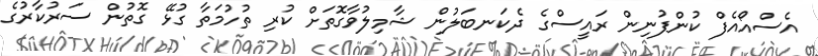
އެސްއޯއެފް ކުންފުނިން ރައީސްގެ ދެކަނބަލުން ޝާމިލުވާގޮތަށް ކުރި ތުހުމަތާ ގުޅޭ ގޮތުން ސަރުކާރުގެ